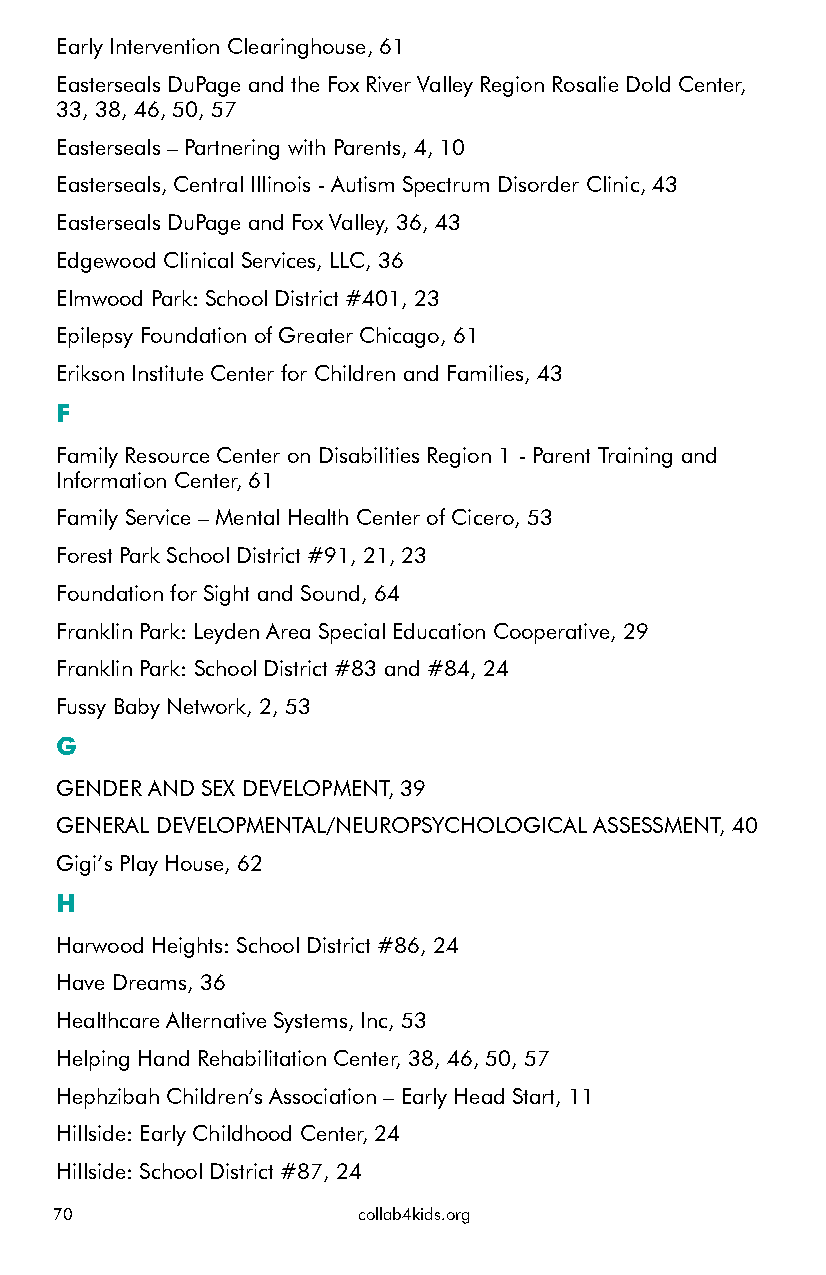
Early Intervention Clearinghouse, 61
 Easterseals DuPage and the Fox River Valley Region Rosalie Dold Center,
 33, 38, 46, 50, 57
 Easterseals – Partnering with Parents, 4, 10
 Easterseals, Central Illinois - Autism Spectrum Disorder Clinic, 43
 Easterseals DuPage and Fox Valley, 36, 43
 Edgewood Clinical Services, LLC, 36
 Elmwood Park: School District #401, 23
 Epilepsy Foundation of Greater Chicago, 61
 Erikson Institute Center for Children and Families, 43
 F
 Family Resource Center on Disabilities Region 1 - Parent Training and
 Information Center, 61
 Family Service – Mental Health Center of Cicero, 53
 Forest Park School District #91, 21, 23
 Foundation for Sight and Sound, 64
 Franklin Park: Leyden Area Special Education Cooperative, 29
 Franklin Park: School District #83 and #84, 24
 Fussy Baby Network, 2, 53
 G
 GENDER AND SEX DEVELOPMENT, 39
 GENERAL DEVELOPMENTAL/NEUROPSYCHOLOGICAL ASSESSMENT, 40
 Gigi’s Play House, 62
 H
 Harwood Heights: School District #86, 24
 Have Dreams, 36
 Healthcare Alternative Systems, Inc, 53
 Helping Hand Rehabilitation Center, 38, 46, 50, 57
 Hephzibah Children’s Association – Early Head Start, 11
 Hillside: Early Childhood Center, 24
 Hillside: School District #87, 24
 70                  collab4kids.org